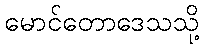
မောင်တောဒေသသို့